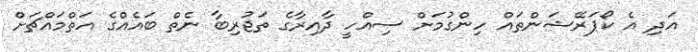
އަދި އެ ކޯޕަރޭޝަންތައް ހިންގުމަށް ސިއްހީ ދާއިރާގެ ތަޖުރިބާ ނެތް ބައެއްގެ އަތްމައްޗަށް